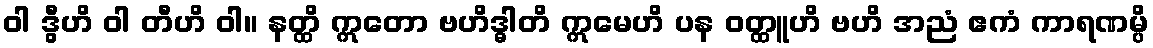
ဝါ ဒွီဟိ ဝါ တီဟိ ဝါ။ နတ္ထိ ဣတော ဗဟိဒ္ဓါတိ ဣမေဟိ ပန ဝတ္ထူဟိ ဗဟိ အညံ ဧကံ ကာရဏမ္ပိ